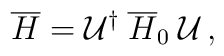
\overline{H} = \mathcal{U}^\dagger \: \overline{H}_0 \:\mathcal{U} \,,